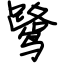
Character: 鹭